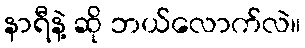
နာရီနဲ့ ဆို ဘယ်လောက်လဲ။